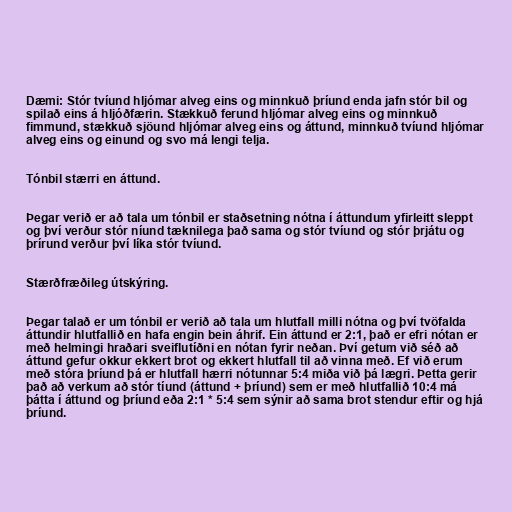
Dæmi: Stór tvíund hljómar alveg eins og minnkuð þríund enda jafn stór bil og
spilað eins á hljóðfærin. Stækkuð ferund hljómar alveg eins og minnkuð
fimmund, stækkuð sjöund hljómar alveg eins og áttund, minnkuð tvíund hljómar
alveg eins og einund og svo má lengi telja.

Tónbil stærri en áttund.

Þegar verið er að tala um tónbil er staðsetning nótna í áttundum yfirleitt sleppt
og því verður stór níund tæknilega það sama og stór tvíund og stór þrjátu og
þrírund verður því líka stór tvíund.

Stærðfræðileg útskýring.

Þegar talað er um tónbil er verið að tala um hlutfall milli nótna og því tvöfalda
áttundir hlutfallið en hafa engin bein áhrif. Ein áttund er 2:1, það er efri nótan er
með helmingi hraðari sveiflutíðni en nótan fyrir neðan. Því getum við séð að
áttund gefur okkur ekkert brot og ekkert hlutfall til að vinna með. Ef við erum
með stóra þríund þá er hlutfall hærri nótunnar 5:4 miða við þá lægri. Þetta gerir
það að verkum að stór tíund (áttund + þríund) sem er með hlutfallið 10:4 má
þátta í áttund og þríund eða 2:1 * 5:4 sem sýnir að sama brot stendur eftir og hjá
þríund.